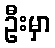
ဦးမှာ